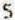
5